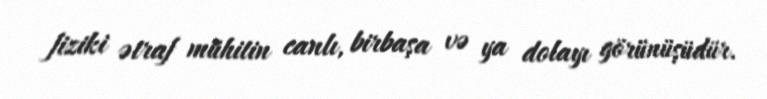
fiziki ətraf mühitin canlı, birbaşa və ya dolayı görünüşüdür.